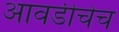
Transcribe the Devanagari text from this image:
आवडीचेच